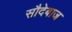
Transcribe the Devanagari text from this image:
सौदेबाज